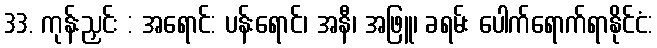
33. ကုန်းညှင်း : အရောင်: ပန်းရောင်၊ အနီ၊ အဖြူ၊ ခရမ်း ပေါက်ရောက်ရာနိုင်ငံ: